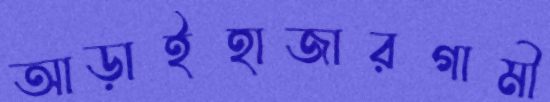
আড়াইহাজারগামী